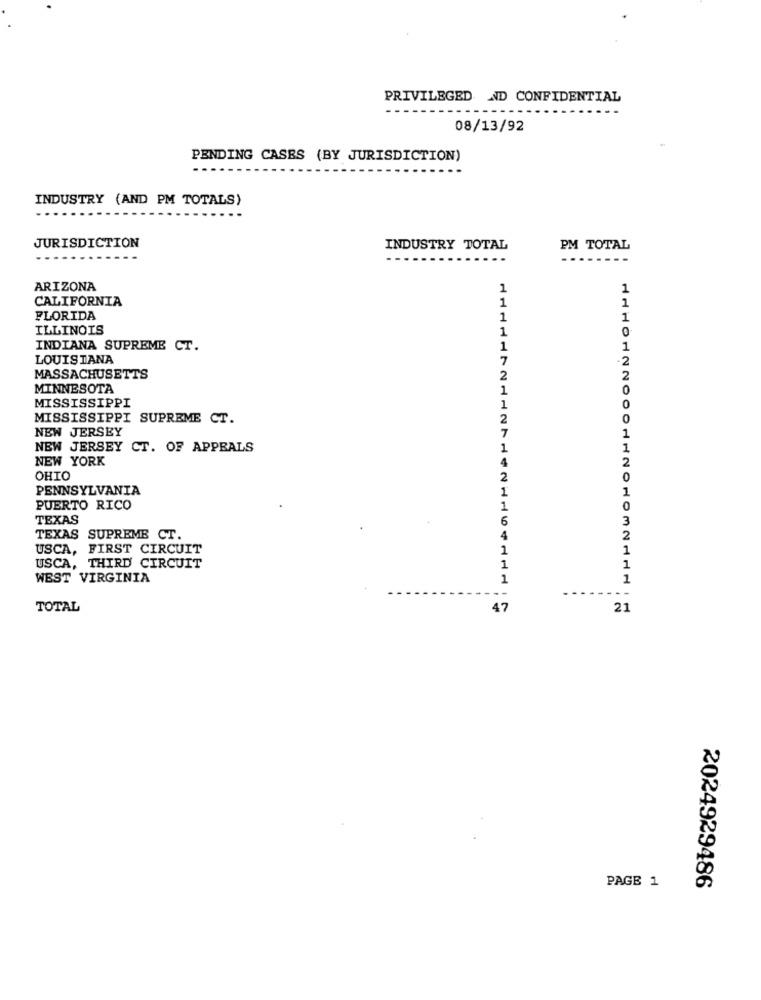
PRIVILEGED ND CONFIDENTIAL
08/13/92
PENDING CASES (BY JURISDICTION)
INDUSTRY (AND PM TOTALS)
JURISDICTION
INDUSTRY TOTAL
PM TOTAL
--
ARIZONA
1
1
CALIFORNIA
1
1
FLORIDA
1
1
ILLINOIS
1
0
INDIANA SUPREME CT.
1
1
LOUISIANA
7
-2
MASSACHUSETTS
2
2
MINNESOTA
1
0
MISSISSIPPI
1
0
MISSISSIPPI SUPREME CT.
0
NEW JERSEY
1
NEW JERSEY CT. OF APPEALS
1
NEW YORK
2
OHIO
0
PENNSYLVANIA
1
PUERTO RICO
1
0
TEXAS
6
3
TEXAS SUPREME CT.
2
USCA, FIRST CIRCUIT
1
1
USCA, THIRD CIRCUIT
1
1
WEST VIRGINIA
1
1
TOTAL
47
21
PAGE 1
2024929486